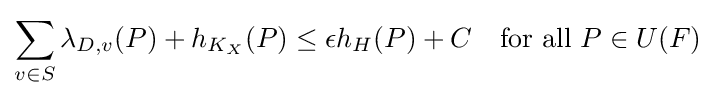
\sum _{v\in S}\lambda _{D,v}(P)+h_{K_{X}}(P)\leq \epsilon h_{H}(P)+C\quad {\hbox{for all }}P\in U(F)